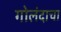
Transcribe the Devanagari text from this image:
गोलंदाचा